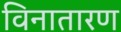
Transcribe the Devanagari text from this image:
विनातारण